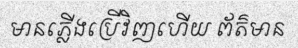
មានភ្លើងប្រើវិញហើយ ព័ត៌មាន